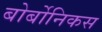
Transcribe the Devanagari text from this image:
बोर्बोनिकस